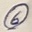
Text: 6